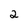
Character: 2